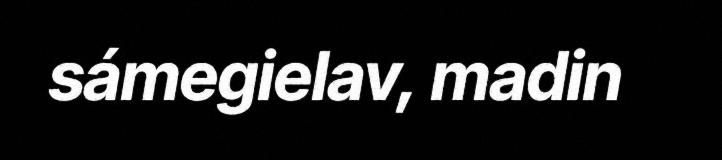
sámegielav, madin